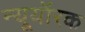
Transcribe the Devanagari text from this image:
न्यूयॉरक